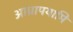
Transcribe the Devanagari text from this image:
आघ्रापयामि